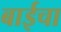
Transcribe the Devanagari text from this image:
बाईचा